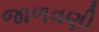
જાળવણી